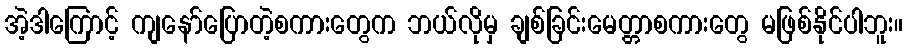
အဲ့ဒါကြောင့် ကျနော်ပြောတဲ့စကားတွေက ဘယ်လိုမှ ချစ်ခြင်းမေတ္တာစကားတွေ မဖြစ်နိုင်ပါဘူး။